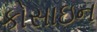
કોસાઇન